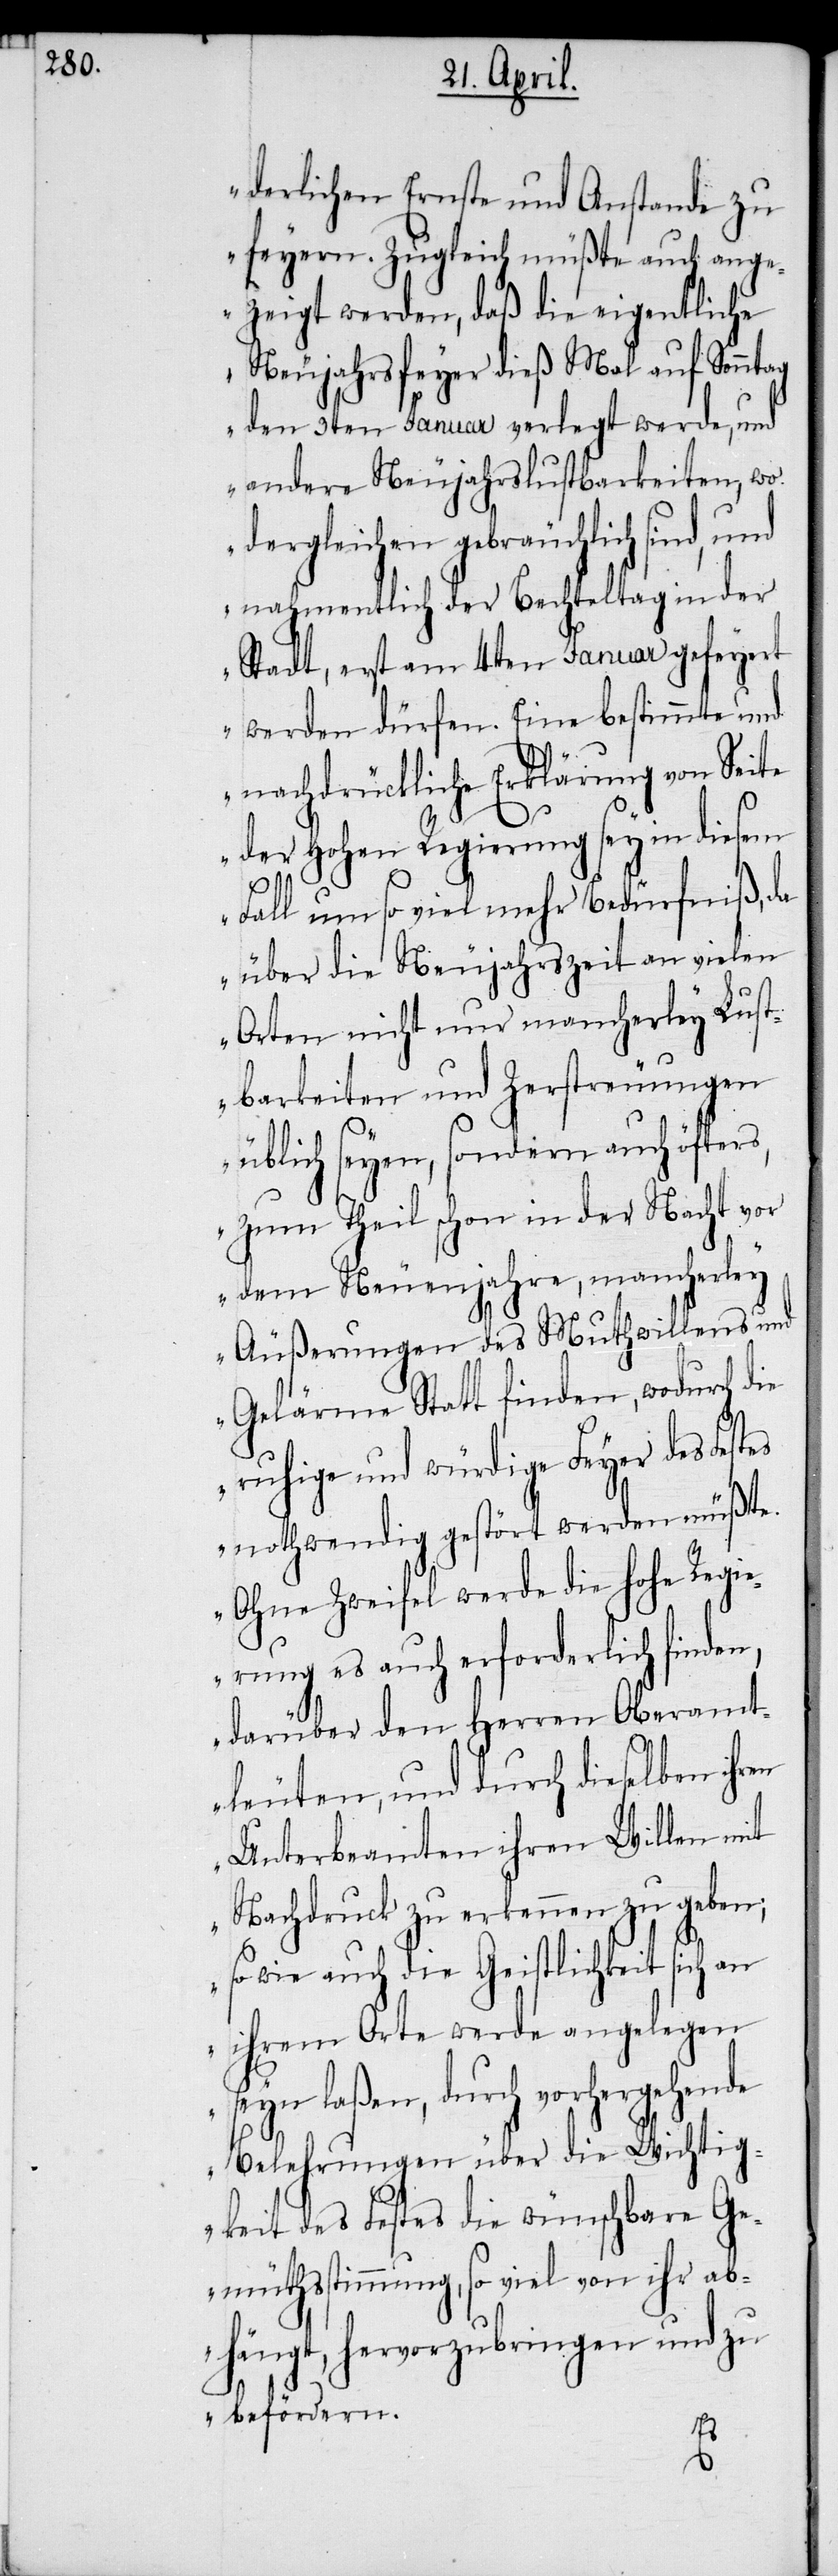
derlichen Ernste und Anstande zu
feyern. Zugleich müßte auch ange¬
zeigt werden, daß die eigentliche
Neujahrsfeyer dieß Mal auf Sonntag
den 3ten Januar verlegt werde, und
andere Neujahrslustbarkeiten, wo
dergleichen gebräuchlich sind, und
nahmentlich der Bechteltag in der
Stadt, erst am 4ten Januar gefeyert
werden dürfen. Eine bestimmte und
nachdrückliche Erklärung von Seite
der Hohen Regierung sey in diesem
Fall um so viel mehr Bedürfniß, da
über die Neujahrszeit an vielen
Orten nicht nur mancherley Lust¬
barkeiten und Zerstreungen
üblich seyen, sondern auch öfters,
zum Theil schon in der Nacht vor
dem Neuenjahre, mancherley
Äußerungen des Muthwillens und
Gelärme Statt finden, wodurch die
ruhige und würdige Feyer des Fest¬
es nothwendig gestört werden müßte.
Ohne Zweifel werde die hohe Regie¬
rung es auch erforderlich finden,
darüber den Herren Oberamt¬
leuten, und durch dieselben ihr¬
Unterbeamten ihren Willen mit
Nachdruck zu erkennen zu geben;
so wie auch die Geistlichkeit sich an
ihrem Orte werde angelegen
seyn laßen, durch vorhergehende
Belehrungen über die Wichtig¬
keit des Festes die wünschbare Ge¬
müthsstimmung, so viel von ihr ab¬
hängt, hervorzubringen und zu
befördern.
en